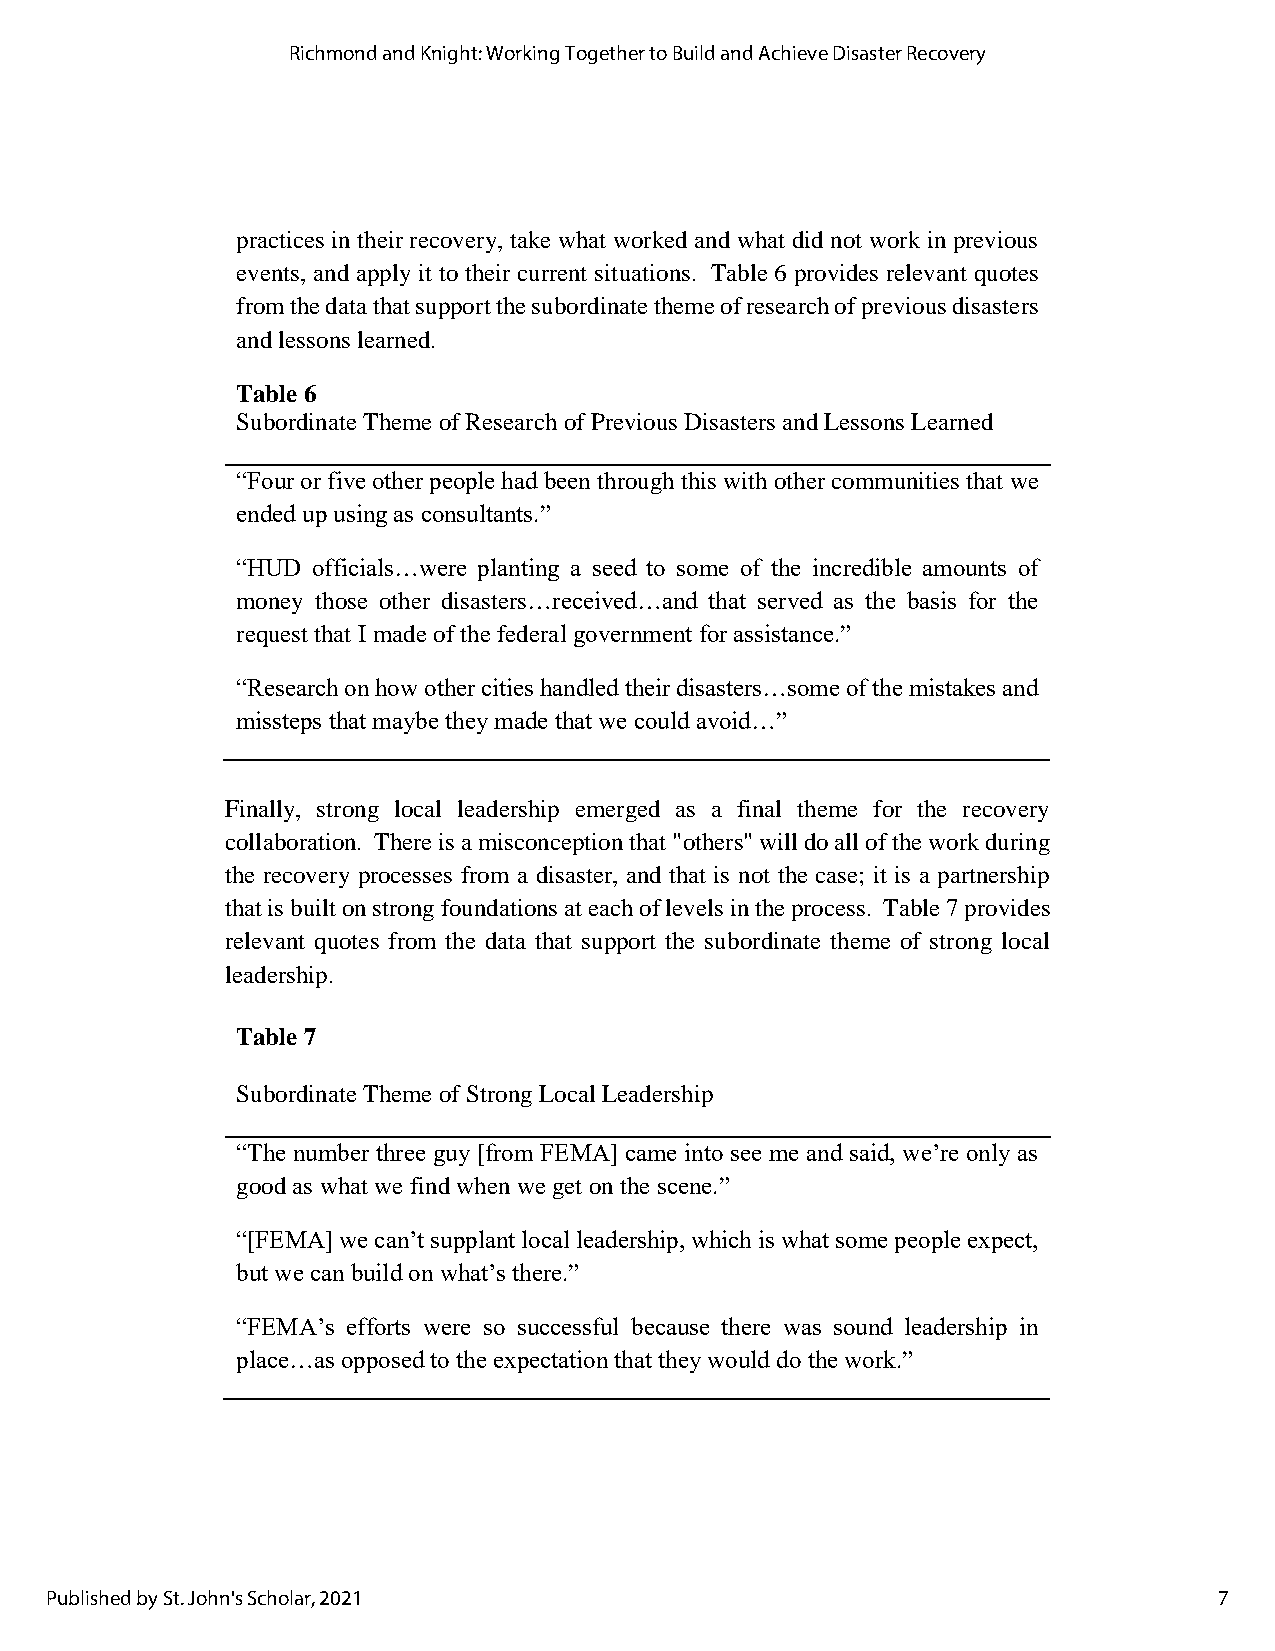
Richmond and Knight: Working Together to Build and Achieve Disaster Recovery
 practices in their recovery, take what worked and what did not work in previous
 events, and apply it to their current situations. Table 6 provides relevant quotes
 from the data that support the subordinate theme of research of previous disasters
 and lessons learned.
 Table 6
 Subordinate Theme of Research of Previous Disasters and Lessons Learned
 “Four or five other people had been through this with other communities that we
 ended up using as consultants.”
 “HUD officials…were planting a seed to some of the incredible amounts of
 money those other disasters…received…and that served as the basis for the
 request that I made of the federal government for assistance.”
 “Research on how other cities handled their disasters…some of the mistakes and
 missteps that maybe they made that we could avoid…”
 Finally, strong local leadership emerged as a final theme for the recovery
 collaboration. There is a misconception that "others" will do all of the work during
 the recovery processes from a disaster, and that is not the case; it is a partnership
 that is built on strong foundations at each of levels in the process. Table 7 provides
 relevant quotes from the data that support the subordinate theme of strong local
 leadership.
 Table 7
 Subordinate Theme of Strong Local Leadership
 “The number three guy [from FEMA] came into see me and said, we’re only as
 good as what we find when we get on the scene.”
 “[FEMA] we can’t supplant local leadership, which is what some people expect,
 but we can build on what’s there.”
 “FEMA’s efforts were so successful because there was sound leadership in
 place…as opposed to the expectation that they would do the work.”
 Published by St. John's Scholar, 2021                                         7